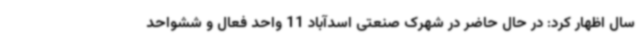
سال اظهار کرد: در حال حاضر در شهرک صنعتی اسدآباد 11 واحد فعال و ششواحد